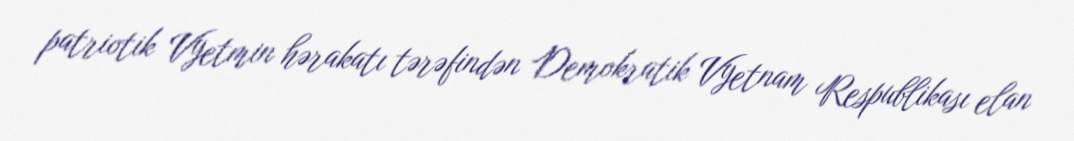
patriotik Vyetmin hərakatı tərəfindən Demokratik Vyetnam Respublikası elan